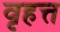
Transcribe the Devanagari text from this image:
वृहत्त